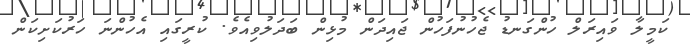
ކަމީލާ ވައިރަލް ހުންގަނޑު ޖެހުނުފަހުން ޖައިދަން މުޅިން ބަދަލުވިއެވެ. ކުރީގައި އެހުންނަ ހަރުކަށިކަން